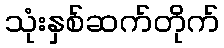
သုံးနှစ်ဆက်တိုက်